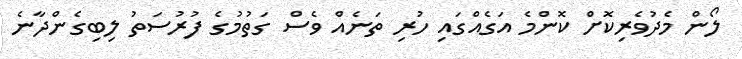
ލޯން މެދުވެރިކޮށް ކޮންމެ އަގެއްގައި ހުރި ތަނެއް ވެސް ގަތުމުގެ ފުރުސަތު ލިބިގެންދާނެ